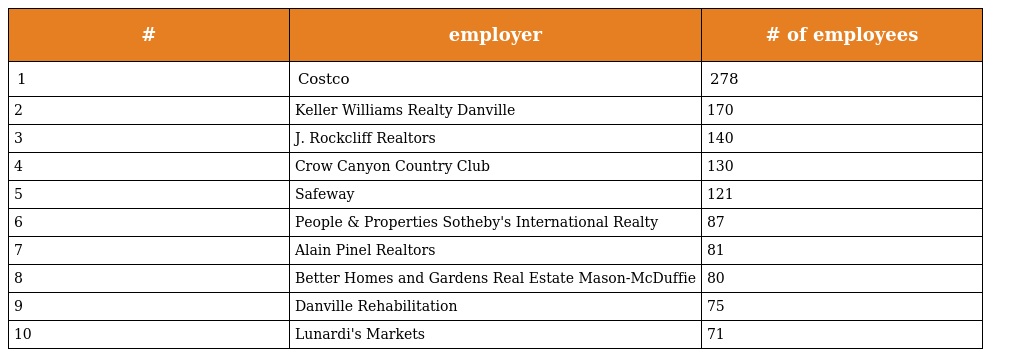
| # | employer | # of employees |
 | --- | --- | --- |
 | 1 | Costco | 278 |
 | 2 | Keller Williams Realty Danville | 170 |
 | 3 | J. Rockcliff Realtors | 140 |
 | 4 | Crow Canyon Country Club | 130 |
 | 5 | Safeway | 121 |
 | 6 | People & Properties Sotheby's International Realty | 87 |
 | 7 | Alain Pinel Realtors | 81 |
 | 8 | Better Homes and Gardens Real Estate Mason-McDuffie | 80 |
 | 9 | Danville Rehabilitation | 75 |
 | 10 | Lunardi's Markets | 71 |